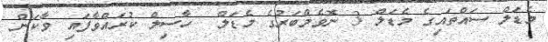
މެޑަލް ސައްތައިގެ މެޑަލް 3 ނޮވެމްބަރުގެ މެޑަލް  ހާސިލް ކުރައްވާފައި ވާކަން